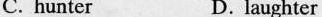
C. hunter D. laughter